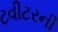
ટવીટરની